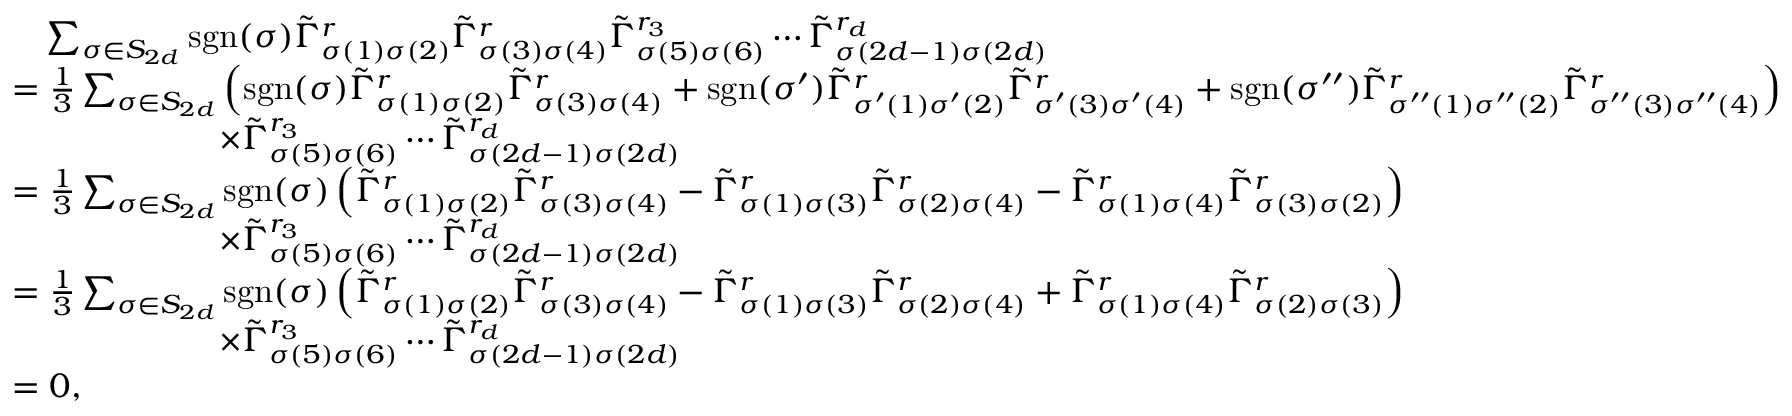
\begin{array} { r l } & { \quad \sum _ { \sigma \in S _ { 2 d } } \mathrm { s g n } ( \sigma ) \tilde { \Gamma } _ { \sigma ( 1 ) \sigma ( 2 ) } ^ { r } \tilde { \Gamma } _ { \sigma ( 3 ) \sigma ( 4 ) } ^ { r } \tilde { \Gamma } _ { \sigma ( 5 ) \sigma ( 6 ) } ^ { r _ { 3 } } \cdots \tilde { \Gamma } _ { \sigma ( 2 d - 1 ) \sigma ( 2 d ) } ^ { r _ { d } } } \\ & { = \frac { 1 } { 3 } \sum _ { \sigma \in S _ { 2 d } } \left( \mathrm { s g n } ( \sigma ) \tilde { \Gamma } _ { \sigma ( 1 ) \sigma ( 2 ) } ^ { r } \tilde { \Gamma } _ { \sigma ( 3 ) \sigma ( 4 ) } ^ { r } + \mathrm { s g n } ( \sigma ^ { \prime } ) \tilde { \Gamma } _ { \sigma ^ { \prime } ( 1 ) \sigma ^ { \prime } ( 2 ) } ^ { r } \tilde { \Gamma } _ { \sigma ^ { \prime } ( 3 ) \sigma ^ { \prime } ( 4 ) } ^ { r } + \mathrm { s g n } ( \sigma ^ { \prime \prime } ) \tilde { \Gamma } _ { \sigma ^ { \prime \prime } ( 1 ) \sigma ^ { \prime \prime } ( 2 ) } ^ { r } \tilde { \Gamma } _ { \sigma ^ { \prime \prime } ( 3 ) \sigma ^ { \prime \prime } ( 4 ) } ^ { r } \right) } \\ & { \qquad \qquad \qquad \times \tilde { \Gamma } _ { \sigma ( 5 ) \sigma ( 6 ) } ^ { r _ { 3 } } \cdots \tilde { \Gamma } _ { \sigma ( 2 d - 1 ) \sigma ( 2 d ) } ^ { r _ { d } } } \\ & { = \frac { 1 } { 3 } \sum _ { \sigma \in S _ { 2 d } } \mathrm { s g n } ( \sigma ) \left( \tilde { \Gamma } _ { \sigma ( 1 ) \sigma ( 2 ) } ^ { r } \tilde { \Gamma } _ { \sigma ( 3 ) \sigma ( 4 ) } ^ { r } - \tilde { \Gamma } _ { \sigma ( 1 ) \sigma ( 3 ) } ^ { r } \tilde { \Gamma } _ { \sigma ( 2 ) \sigma ( 4 ) } ^ { r } - \tilde { \Gamma } _ { \sigma ( 1 ) \sigma ( 4 ) } ^ { r } \tilde { \Gamma } _ { \sigma ( 3 ) \sigma ( 2 ) } ^ { r } \right) } \\ & { \qquad \qquad \qquad \times \tilde { \Gamma } _ { \sigma ( 5 ) \sigma ( 6 ) } ^ { r _ { 3 } } \cdots \tilde { \Gamma } _ { \sigma ( 2 d - 1 ) \sigma ( 2 d ) } ^ { r _ { d } } } \\ & { = \frac { 1 } { 3 } \sum _ { \sigma \in S _ { 2 d } } \mathrm { s g n } ( \sigma ) \left( \tilde { \Gamma } _ { \sigma ( 1 ) \sigma ( 2 ) } ^ { r } \tilde { \Gamma } _ { \sigma ( 3 ) \sigma ( 4 ) } ^ { r } - \tilde { \Gamma } _ { \sigma ( 1 ) \sigma ( 3 ) } ^ { r } \tilde { \Gamma } _ { \sigma ( 2 ) \sigma ( 4 ) } ^ { r } + \tilde { \Gamma } _ { \sigma ( 1 ) \sigma ( 4 ) } ^ { r } \tilde { \Gamma } _ { \sigma ( 2 ) \sigma ( 3 ) } ^ { r } \right) } \\ & { \qquad \qquad \qquad \times \tilde { \Gamma } _ { \sigma ( 5 ) \sigma ( 6 ) } ^ { r _ { 3 } } \cdots \tilde { \Gamma } _ { \sigma ( 2 d - 1 ) \sigma ( 2 d ) } ^ { r _ { d } } } \\ & { = 0 , } \end{array}